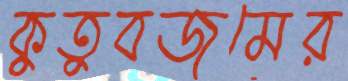
কুতুবজুমের